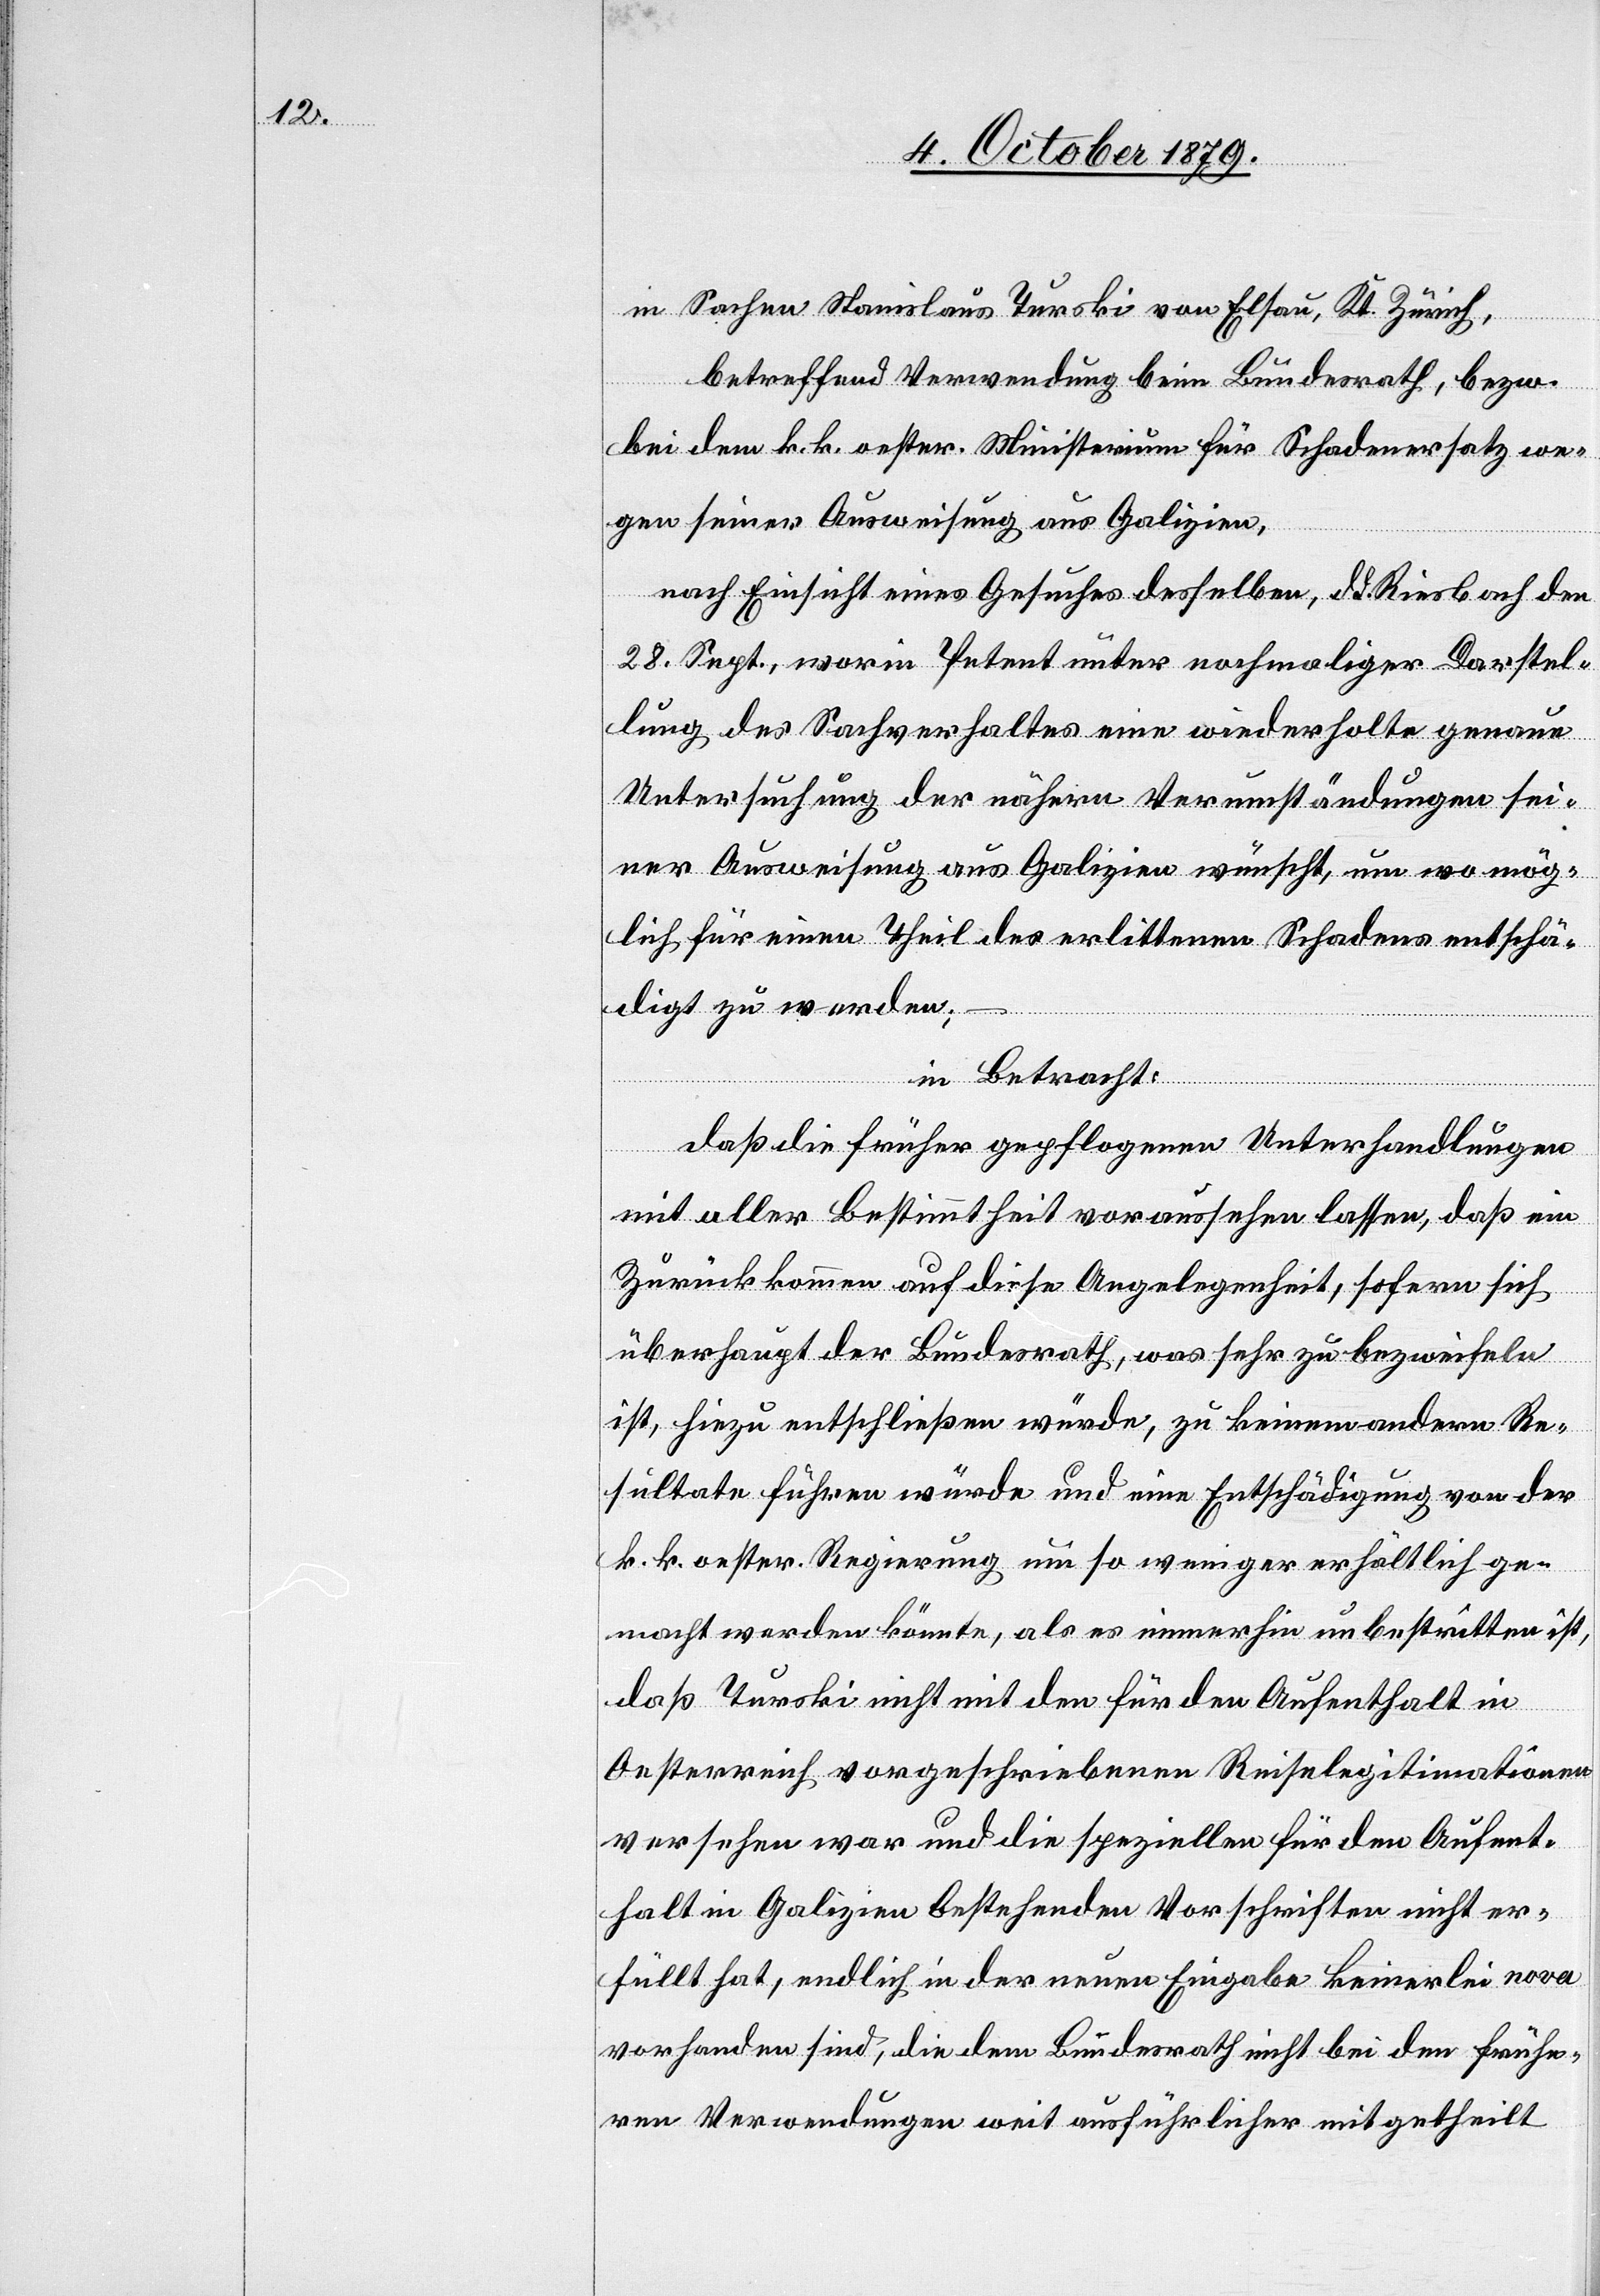
in Sachen Stanislaus Turski von Elsau, Kt. Zürich,
betreffend Verwendung beim Bundesrath, bezw.
bei dem k. k. oester. Ministerium für Schadenersatz we¬
gen seiner Ausweisung aus Galizien,
nach Einsicht eines Gesuches desselben, d. d. Riesbach den
28. Sept., worin Petent unter nochmaliger Darstel¬
lung des Sachverhaltes eine wiederholte genaue
Untersuchung der nähern Verumständungen sei¬
ner Ausweisung aus Galizien wünscht, um wo mög¬
lich für einen Theil des erlittenen Schadens entschä¬
digt zu werden;
in Betracht:
Daß die früher gepflogenen Unterhandlungen
mit aller Bestimmtheit voraussehen lassen, daß ein
Zurück kommen auf diese Angelegenheit, sofern sich
überhaupt der Bundesrath, was sehr zu bezweifeln
ist, hiezu entschließen würde, zu keinem andern Re¬
sultate führen würde und eine Entschädigung von der
k. k. oester. Regierung um so weniger erhältlich ge¬
macht werden könnte, als es immerhin unbestritten ist,
daß Turski nicht mit den für den Aufenthalt in
Oesterreich vorgeschriebenen Reiselegitimationen
versehen war und die speziellen für den Aufent¬
halt in Galizien bestehenden Vorschriften nicht er¬
füllt hat, endlich in der neuen Eingabe keinerlei nova
vorhanden sind, die dem Bundesrath nicht bei den frühe¬
ren Verwendungen weit ausführlicher mitgetheilt